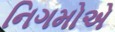
નિગમોએ